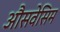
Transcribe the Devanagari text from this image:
औसवेसिम